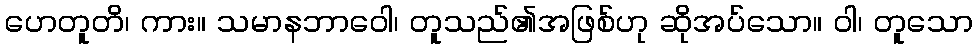
ဟေတူတိ၊ ကား။ သမာနဘာဝေါ၊ တူသည်၏အဖြစ်ဟု ဆိုအပ်သော။ ဝါ၊ တူသော